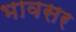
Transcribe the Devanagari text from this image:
भावसर